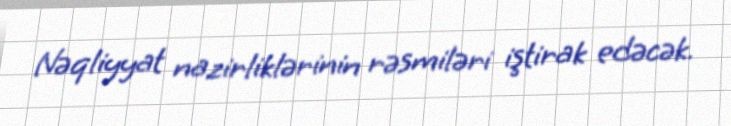
Nəqliyyat nazirliklərinin rəsmiləri iştirak edəcək.